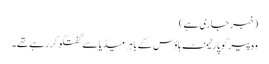
(خبر جاری ہے)
وہ پیر کو پارلیمنٹ ہاؤس کے باہر میڈیا سے گفتگو کر رہے تھے۔